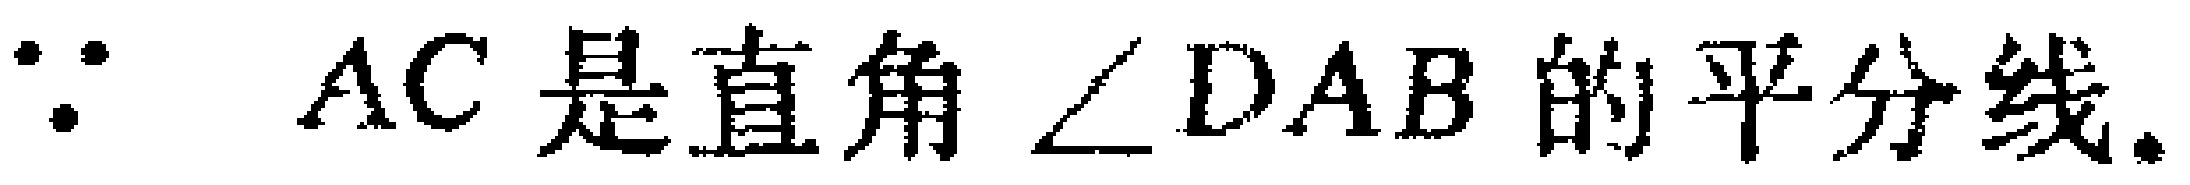
$\because AC\text{ 是直角 }\angle DAB\text{ 的平分线}.$